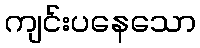
ကျင်းပနေသော